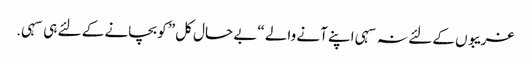
غریبوں کے لئے نہ سہی اپنے آنے والے “بے حال کل” کو بچانے کے لئے ہی سہی.